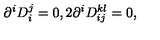
\partial ^ { i } D _ { i } ^ { j } = 0 , 2 \partial ^ { i } D _ { i j } ^ { k l } = 0 ,